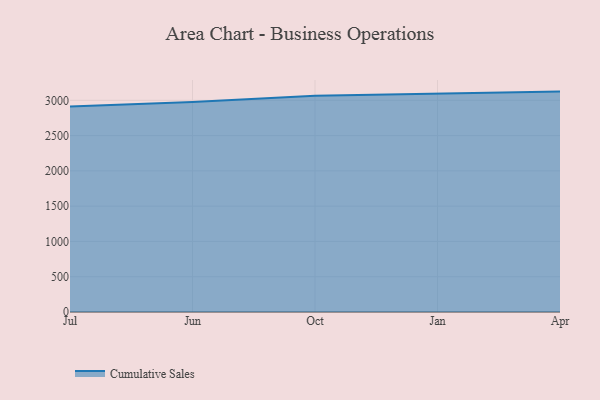
{"axis": {"x": "Month", "y": "Waste Production (Tons)"}, "legend": ["Cumulative Sales"], "data": [{"x": "Jul", "y": 2911.0, "type": "Cumulative Sales"}, {"x": "Jun", "y": 2974.8, "type": "Cumulative Sales"}, {"x": "Oct", "y": 3064.9, "type": "Cumulative Sales"}, {"x": "Jan", "y": 3093.6, "type": "Cumulative Sales"}, {"x": "Apr", "y": 3123.3, "type": "Cumulative Sales"}]}